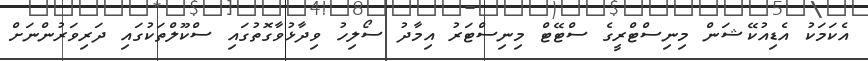
އެކަމަކު އެޑިއުކޭޝަން މިނިސްޓްރީގެ ސްޓޭޓް މިނިސްޓަރު އިމާދު ސޯލިހު ވިދާޅުވާގޮތުގައި ސްކޫލްތަކުގައި ދަރިވަރުންނަށް